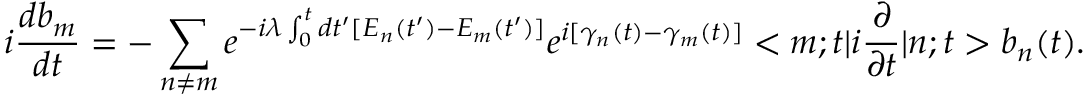
i \frac { d b _ { m } } { d t } = - \sum _ { n \neq m } e ^ { - i \lambda \int _ { 0 } ^ { t } d t ^ { \prime } [ E _ { n } ( t ^ { \prime } ) - E _ { m } ( t ^ { \prime } ) ] } e ^ { i [ \gamma _ { n } ( t ) - \gamma _ { m } ( t ) ] } < m ; t | i \frac { \partial } { \partial t } | n ; t > b _ { n } ( t ) .